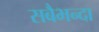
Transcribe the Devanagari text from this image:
सबैभन्दा